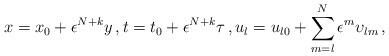
LaTeX: \begin{align*}x=x_0 + \epsilon^{N+k}{{y}}\, , t=t_0 + \epsilon^{N+k}{\tau}\, , {u_l}={u_l}_0 + \sum_{m=l}^N \epsilon^{m} {\upsilon_{lm}}\, , \end{align*}